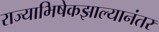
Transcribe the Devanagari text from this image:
राज्याभिषेकझाल्यानंतर